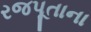
રજપૂતાના